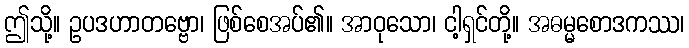
ဤသို့။ ဥပဒဟာတဗ္ဗော၊ ဖြစ်စေအပ်၏။ အာဝုသော၊ ငါ့ရှင်တို့။ အဓမ္မစောဒကဿ၊